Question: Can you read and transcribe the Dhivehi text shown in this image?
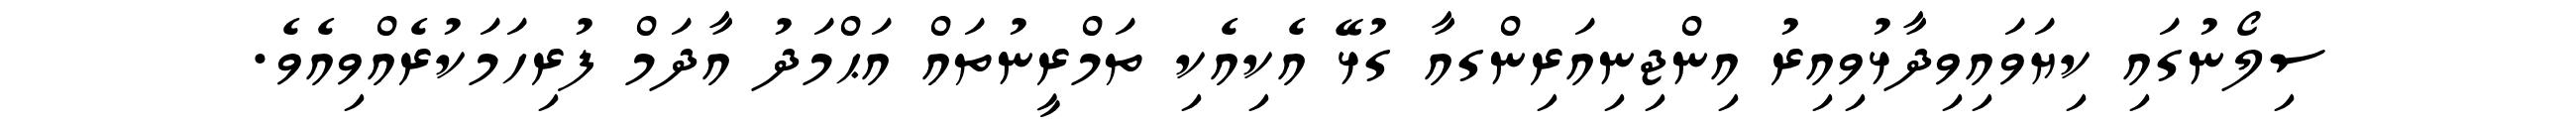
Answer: ސިލޯނުގައި ކިޔަވައިވިދާޅުވިއިރު އިންޖިނިއަރިންގއާ ގުޅޭ އެކިއެކި ތަމްރީނުތައް އަޙްމަދު އާދަމް ފުރިހަމަކުރެއްވިއެވެ.